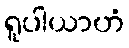
ရူပါယာဟံ